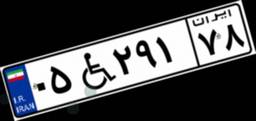
۰۵W۲۹۱۷۸